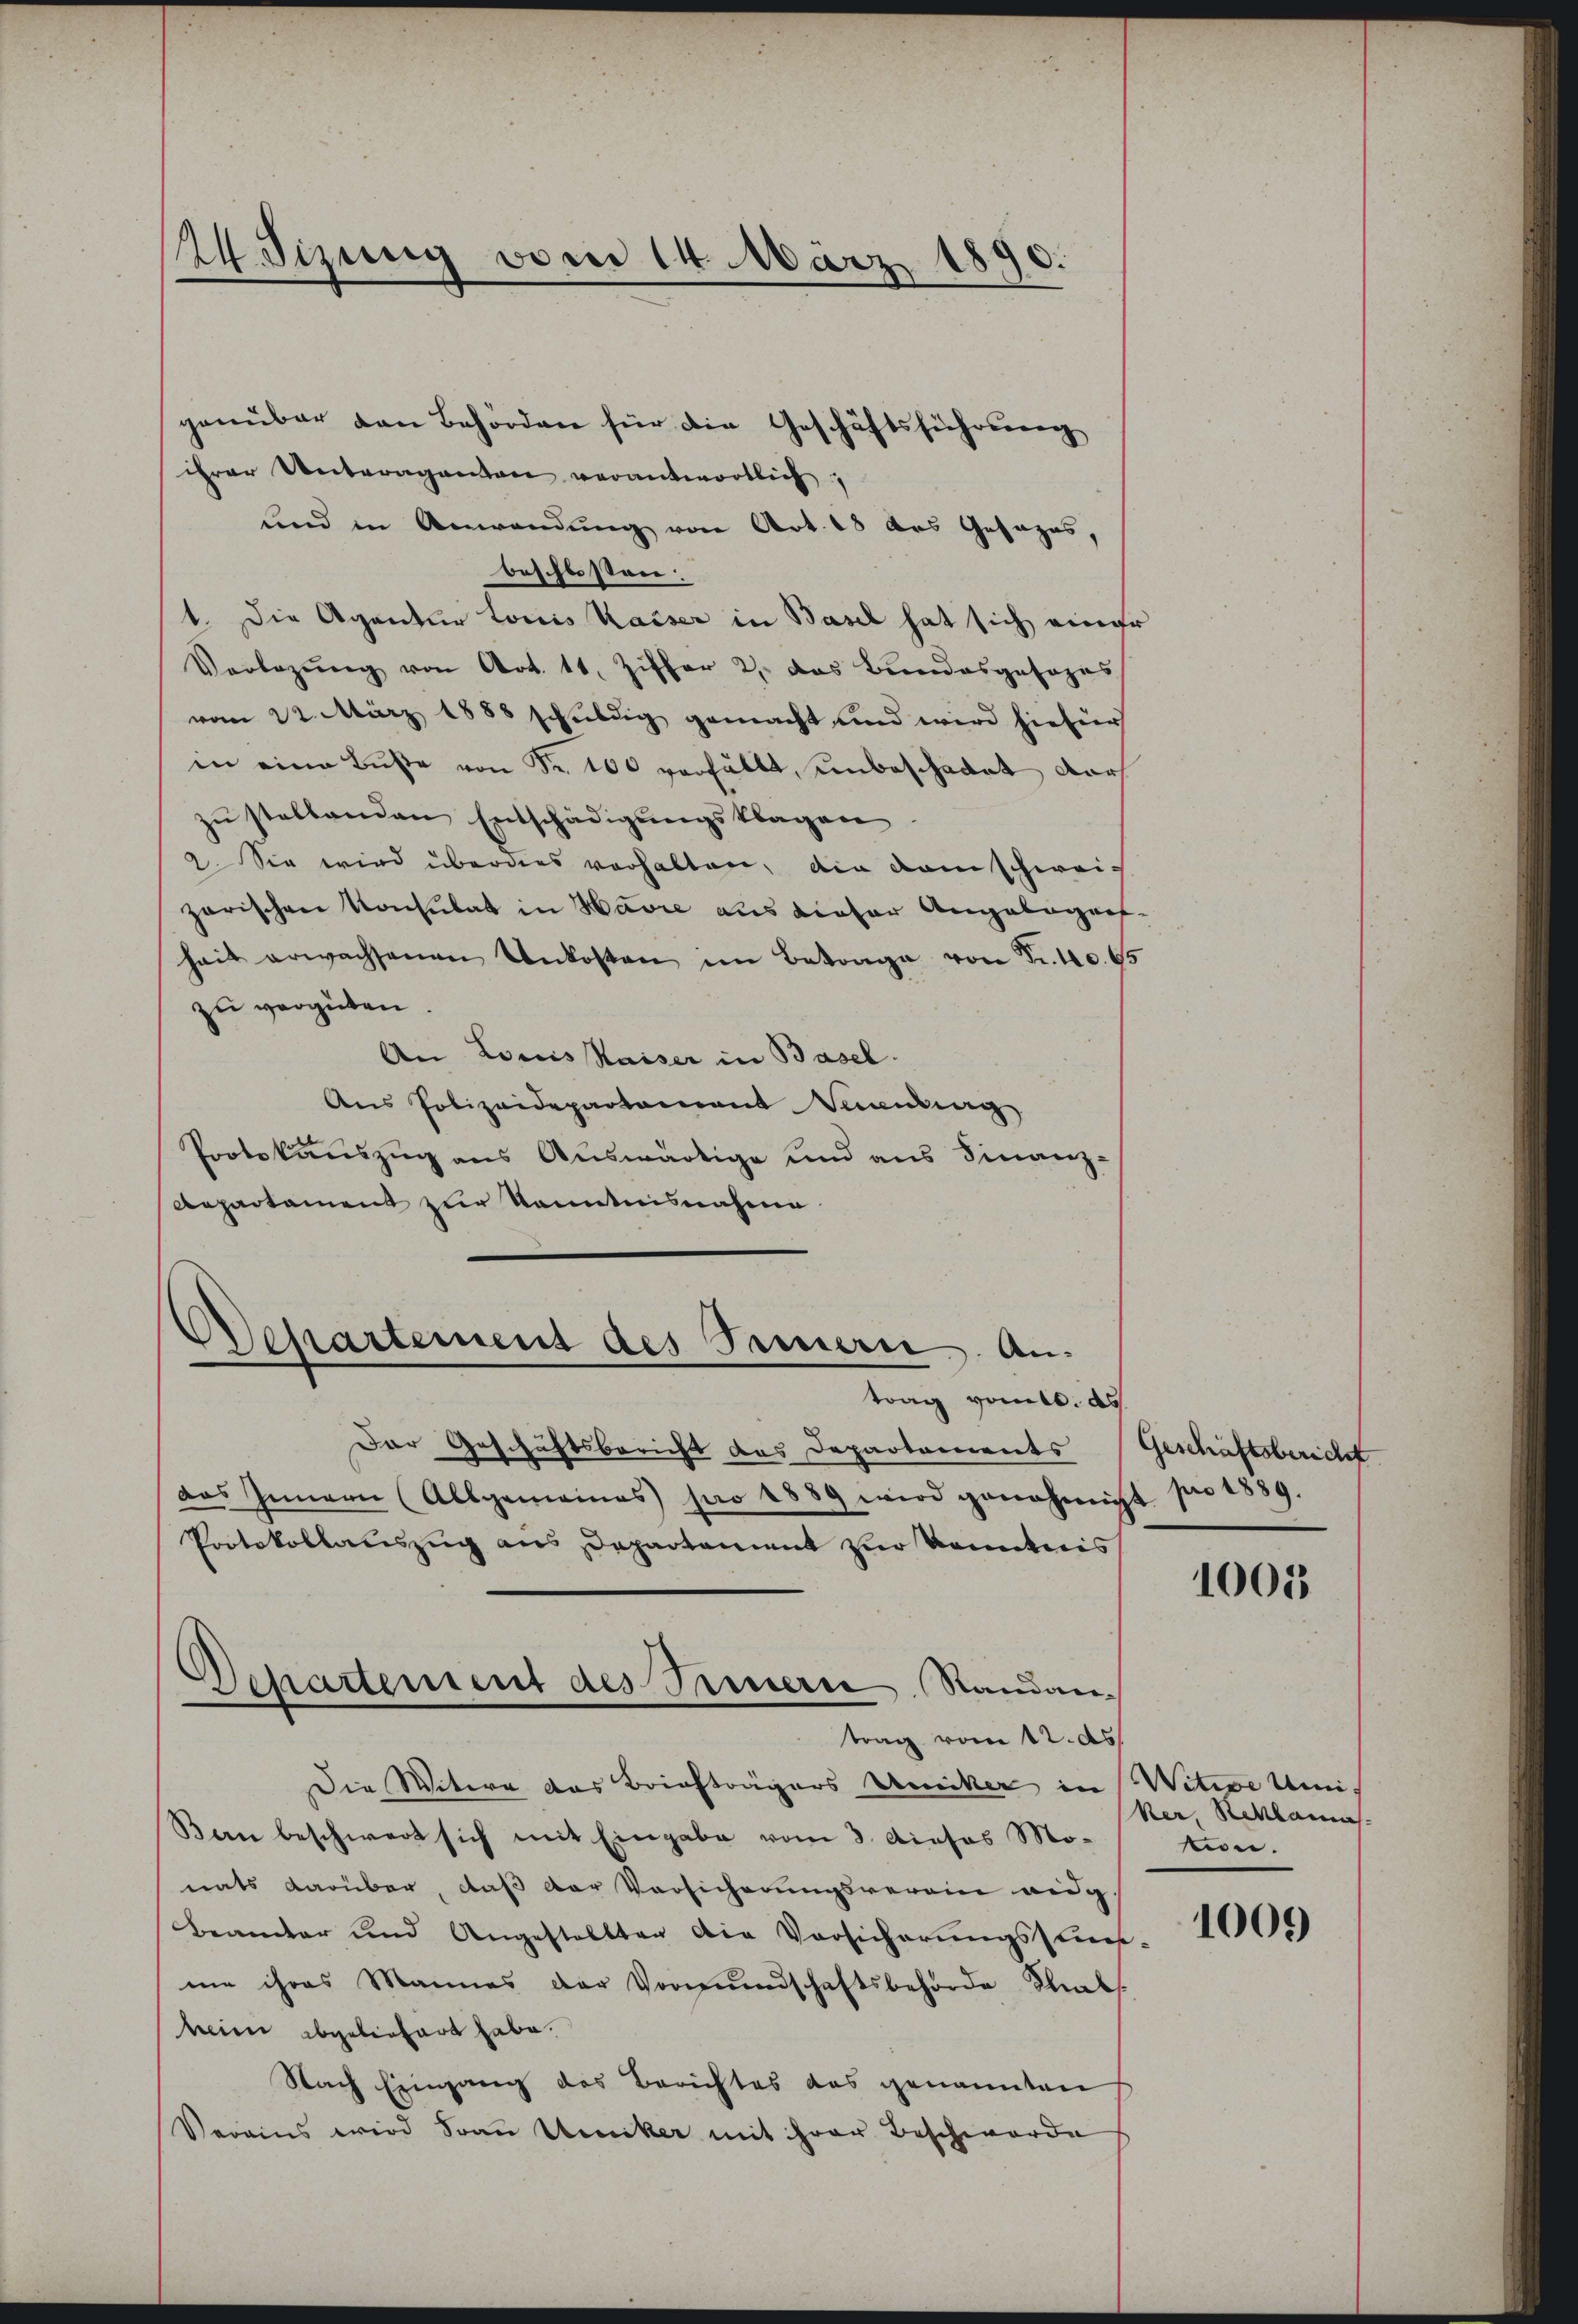
124. Sizung vom 14. März 1890.

genüber den Behörden für die Geschäftsführung

ihrer Unteraganten verantwortlich,
Land in Anwendung von Art. 18 des Gesages,
beschlossen:
1. Die Agentur tocis Kaiser in Basel hat sich eine
Verlegŭng von Art. 11. Ziffer 2. das Bundesgesezes
vom 22. März 1888 schuldig gemacht und wird hiefür
in eine Bŭβe von Sr. 100 verfällt, unbeschadet dar
zu stellenden Entschädigungsklagen
2. Sie wird überdies verhalten, die kam schwei-
zarischen Konsulat in Havre aus dieser Angelegen
hait erwachsenen Unkosten im Betrage von Sr.10.1
zu vergüten
An Louis Kaiser in Basel.
Aus Polizeidepartement Vuaubung
Protokauszug aus Auswärtige und aus Finanz-
Aepartament zur Kenntnisnahme
Achartement des Innern An-
trag vom 6. ds
Der Geschäftsbericht das Departements
das Innern (Allgemeines pro 1889 wird genehmigt pro 1889.
Protokollauszug aus Departement zur Kenntnis
Departement des Innern Standantrag vom 12. ds.
Die Witwe das Briefträgers Weiker in
Bern beschwert sich mit Eingabe vom 3. Dieses Mo-
nats darüber, daß der Versicherungsverein eidg.
Beamter und Angestellten die Vorsicherŭngsstück-
me ihres Mannes der Vormŭndschaftsbehörde Stabs.
hein abgeliefert habe.
Nach Eingang des Berichtes das genannten
Verains wird Frau Weiker mit ihrer Beschwerde

Geschäftsbericht

1005

Witwe Uni-
ker, Reklamas
on.

1009